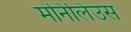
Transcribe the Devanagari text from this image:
मनिलिउस